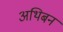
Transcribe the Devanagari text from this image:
अथिबन